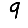
Digit: 9